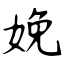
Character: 娩